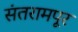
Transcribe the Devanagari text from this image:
संतरामपूर